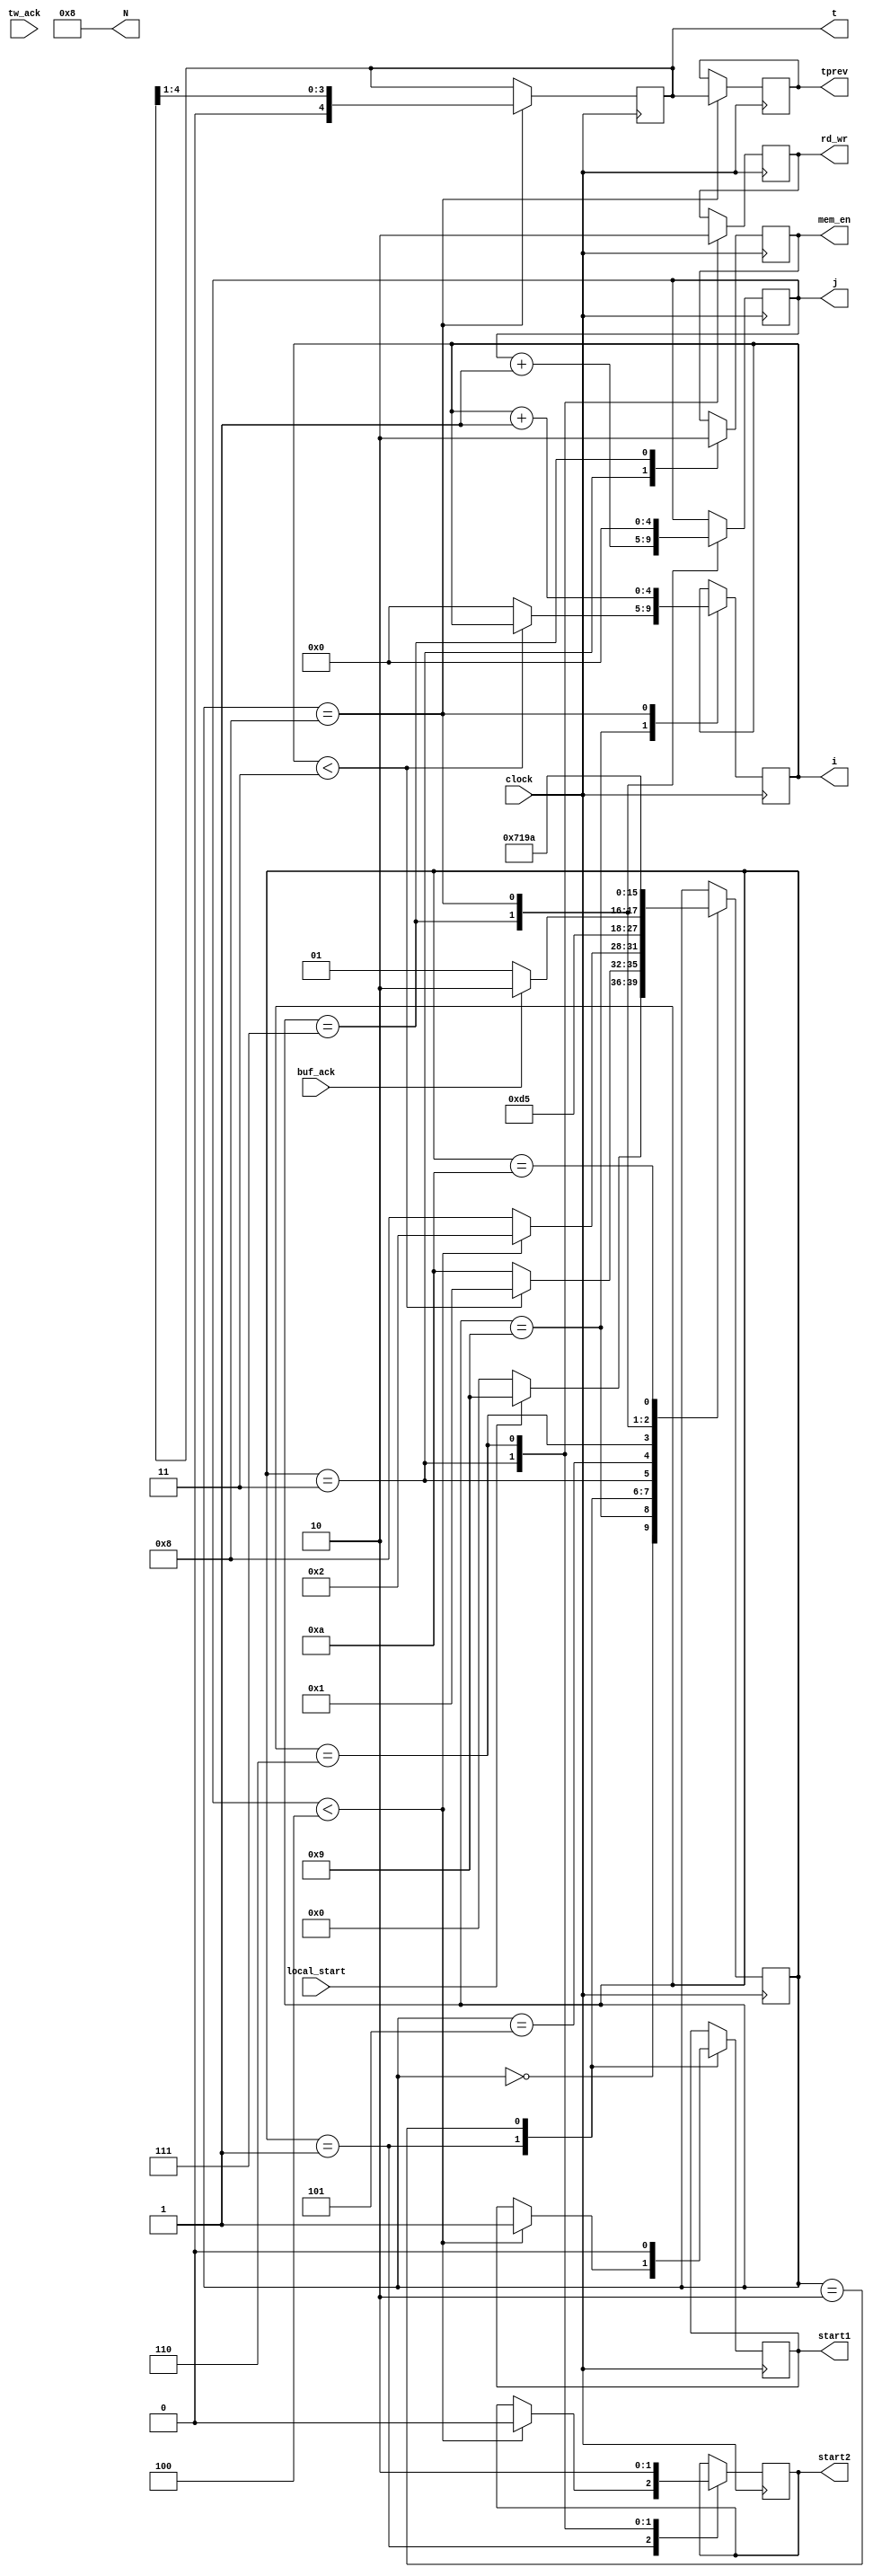
// This program was cloned from: https://github.com/Motherboard77/8-point-Number-Theoretic-Transform-NTT-processor-with-on-the-fly-twiddle-generator
// License: GNU General Public License v3.0


module NTT_Controller(i,j,N,t,tprev,clock,start1,start2,mem_en,rd_wr,local_start,tw_ack,buf_ack);

parameter n = 5; 

input clock; 
input local_start;     //activate this to enable the NTT module
input tw_ack;          //ack signal from twiddle gen
input buf_ack;         //ack signal from buf unit
output reg [n-1:0] i;
output reg [n-1:0] j;
output reg [n-1:0] N;
output reg [n-1:0] t;
output reg [n-1:0] tprev;
output reg start1;
output reg start2;
output reg mem_en; //enable the memmory for read/write operation
output reg rd_wr;

reg [3:0] state;  

initial
begin
    N <= 5'b01_000;      //N = 8
    i <= 5'b00_000;
    j <= 5'b00_000;
    t <= 5'b00_100;      //t = 4
    tprev <= 5'b00_000;
    mem_en <= 0;
    rd_wr <= 1;
    state <= 4'b0000;
end

always @(posedge clock)
begin
    case(state)
        
        4'b0000: begin
                    if(local_start)
                        state <= 4'b1001;
                    else
                        state <= 4'b0000;
                 end                
                 
        4'b1001: begin
                    if(i < 5'b00011)
                        state <= 4'b0001;
                    else
                        begin
                        i <= 5'b000_00;
                        state <= 4'b1010;
                        end   
                 end
        
                
        4'b0001: begin
                    if(j < 5'b00_100)
                        begin
                        start1 <= 1;                 //activate encapsulate 2: jmod + buf index generator
                        start2 <= 0;
                        state <= 4'b0010;
                        end
                    else
                        begin
                        state <= 4'b1000;
                        end
                 end
        4'b0010: begin
                  start1 <= 0;
                  state <= 4'b0011;
                 end
        4'b0011: begin
                  mem_en <= 1;                
                  rd_wr <= 1;                   //read operation
                  start2 <= 1;                  //activate encapsulate 1: tw gen + buf gen
                  state <= 4'b0101;
                 end
                 
//        4'b0100: begin
//                 if(tw_ack)
//                    state <= 4'b0101;  
//                 else
//                    state <= 4'b0100;   //remain in this state
//                 end         
   
        4'b0101: begin
                  if(buf_ack)
                    state <= 4'b0110;
                  else
                    state <= 4'b0101;  //remain in this state
                 end
   
        4'b0110: begin
                  //enable memory for write operation
                  start2 <= 0;
                  rd_wr <= 0;
                  //j <= j + 1;
                  state <= 4'b0111;
                 end
   
        4'b0111: begin
                    mem_en <= 0;
                    j <= j + 1;
                    state <= 4'b0001;
                 end
                  
        4'b1000: begin                      
                    tprev <= t;
                    t <= t >> 1'b1;   
                    i <= i + 1;
                    j <= 5'b000_00;
                    state <= 4'b1001;
                 end
                
        4'b1010: begin
                    state <= 4'b1010;
                 end

    endcase
end

endmodule